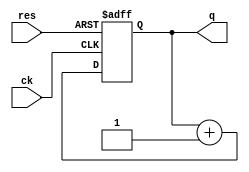
module counter(ck, res, q);
input   ck, res;
output  [3:0]   q;
reg     [3:0]   q;

always @(posedge ck or posedge res) begin
    if(res == 1'b1)
        q <= 4'h0;
    else
        q <= q + 4'h1;
end

endmodule